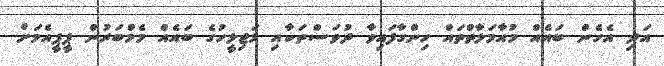
އަދި އެހެން ބައެއް މުއާމަލާތްތައް ހިންގާފައިވާ ދުވަސްތަކާއި މަޖިލީހުގެ ބައެއް މެމްބަރުން ޕީޕީއެމަށް